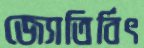
জ্যোতির্বিৎ